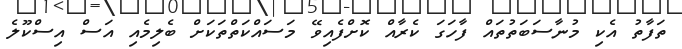
ތަފާތު އެކި މުނާސަބަތުތައް ފާހަގަ ކެރާއް ކޮށްފެއިވޭ މަސައްކަތްތަކަށް ބެލިމެއި އަސް އިސްކޫލެ